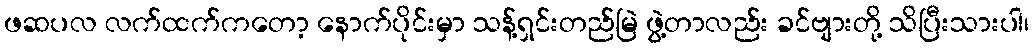
ဖဆပလ လက်ထက်ကတော့ နောက်ပိုင်းမှာ သန့်ရှင်းတည်မြဲ ဖွဲ့တာလည်း ခင်ဗျားတို့ သိပြီးသားပါ၊